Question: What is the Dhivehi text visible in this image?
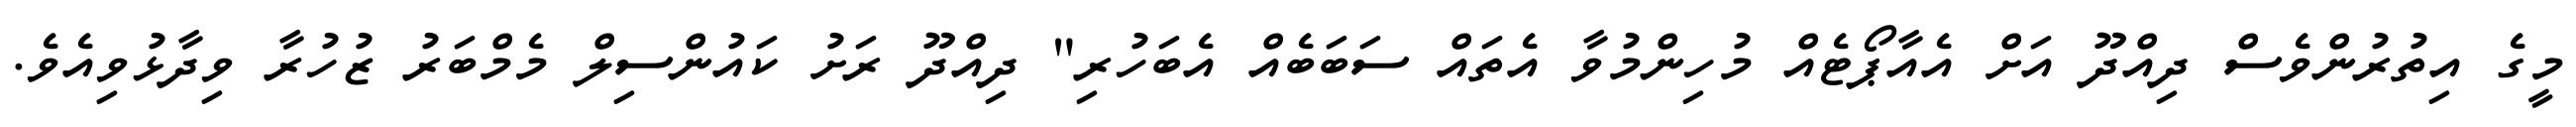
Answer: މީގެ އިތުރުންވެސް ދިއްދޫ އަށް އެއާޕޯޓެއް މުހިންމުވާ އެތައް ސަބަބެއް އެބަހުރި" ދިއްދޫ ރަށު ކައުންސިލް މެމްބަރު ޒުހުރާ ވިދާޅުވިއެވެ.